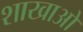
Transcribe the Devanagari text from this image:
शाखाआें